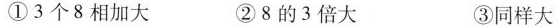
①3个8相加大 ②8的3倍大 ③同样大